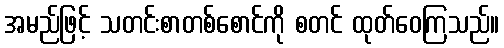
အမည်ဖြင့် သတင်းစာတစ်စောင်ကို စတင် ထုတ်ဝေကြသည်။